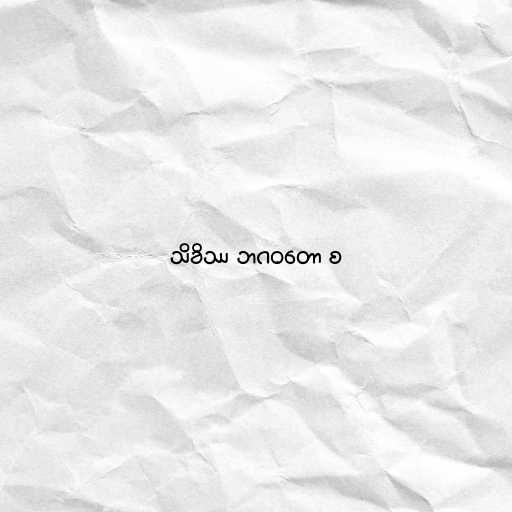
သိခိဿ ဘဂဝတော စ